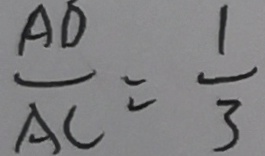
\frac { A D } { A C } = \frac { 1 } { 3 }